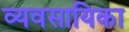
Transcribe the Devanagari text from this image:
व्यवसायिका